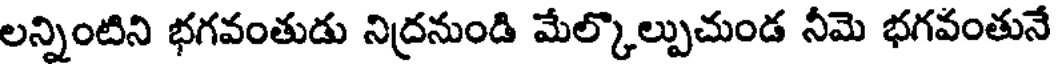
లన్నింటిని భగవంతుడు నిద్రనుండి మేల్కొల్పుచుండ నీమె భగవంతునే